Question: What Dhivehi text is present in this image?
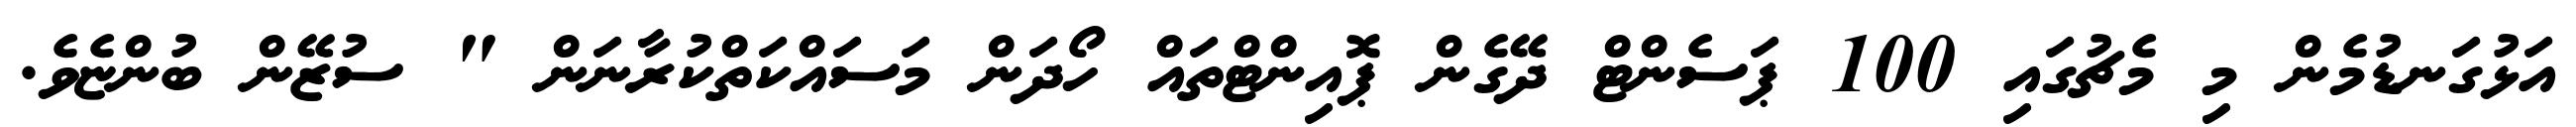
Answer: އަޅުގަނޑުމެން މި މެޗުގައި 100 ޕަސެންޓް ދޭގެން ޕޮއިންޓްތައް ހޯދަން މަސައްކަތްކުރާނަން " ސުޒޭން ބުންޏެވެ.